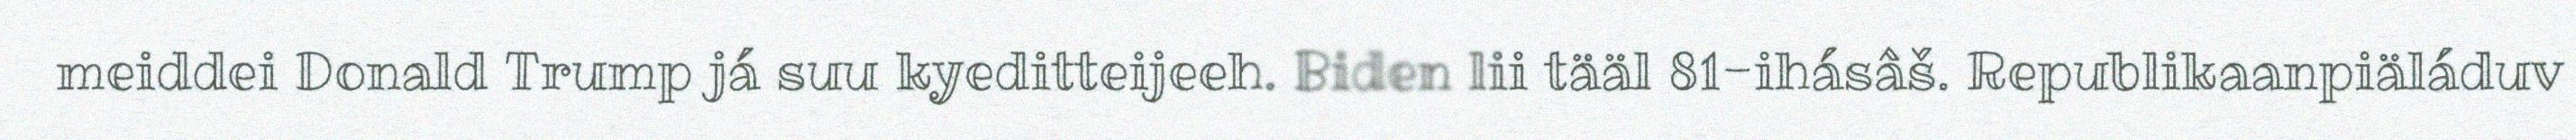
meiddei Donald Trump já suu kyeditteijeeh. Biden lii tääl 81-ihásâš. Republikaanpiäláduv